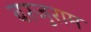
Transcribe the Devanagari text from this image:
बरजुराम